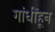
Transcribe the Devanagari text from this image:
गांधींहून